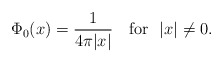
\begin{align*}\Phi_0(x)=\frac{1}{4\pi |x|}\quad\mbox{for\ \ $|x|\neq 0$}.\end{align*}